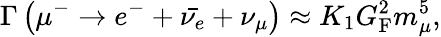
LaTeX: \Gamma\left(\mu^{-}\rightarrow e^{-}+{\bar{\nu_{e}}}+\nu_{\mu}\right)\approx K_{1}G_{\mathrm{F}}^{2}m_{\mu}^{5},